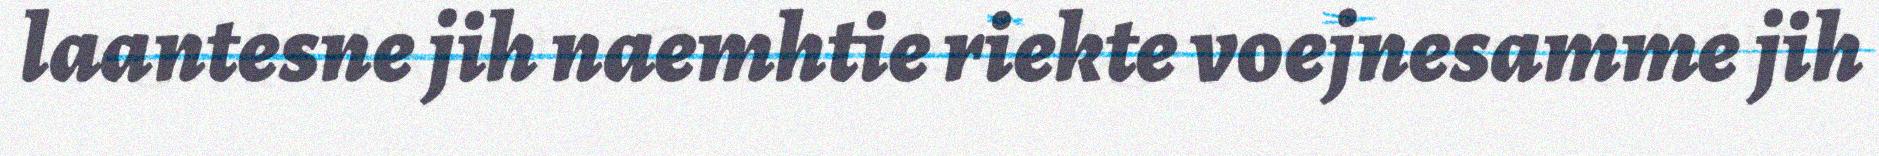
laantesne jih naemhtie riekte voejnesamme jih